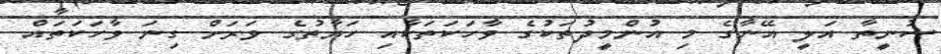
ސުނީތާ އަލީ އޭނާގެ މި އުންމީދުތަކުގެ ވާހަކަތަކާއި ހަޔާތުގެ ވަރަށް ގިނަ ވާހަކަތައް